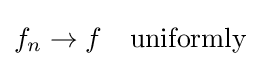
f_{n}\to f\quad \mathrm {uniformly}